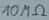
Text: 10MΩ